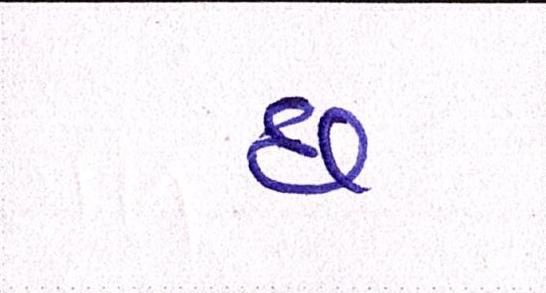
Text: છ